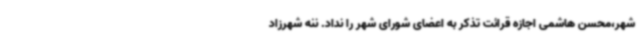
شهر،محسن هاشمی اجازه قرائت تذکر به اعضای شورای شهر را نداد. ننه شهرزاد